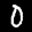
Label: 0